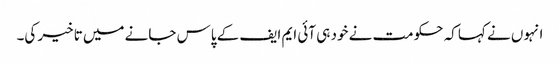
انہوں نے کہا کہ حکومت نے خود ہی آئی ایم ایف کے پاس جانے میں تاخیر کی۔